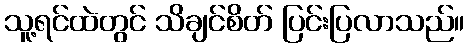
သူ့ရင်ထဲတွင် သိချင်စိတ် ပြင်းပြလာသည်။